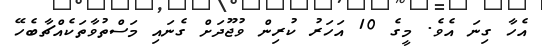
އެހާ ގިނަ އެވެ. މީގެ 10 އަހަރު ކުރިން ވުޖޫދަށް ގެނައި މަސްތުވާތަކެއްޗާބެހޭ